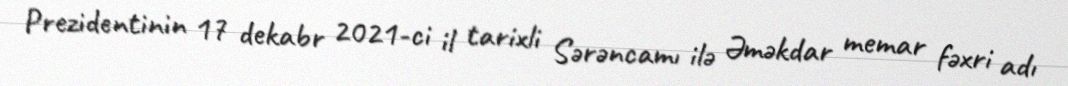
Prezidentinin 17 dekabr 2021-ci il tarixli Sərəncamı ilə Əməkdar memar fəxri adı